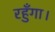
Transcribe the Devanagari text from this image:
रहुँगा।